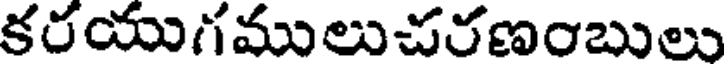
కరయుగములుచరణంబులు